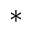
^ *